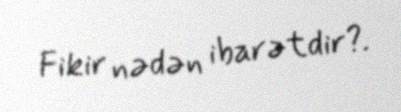
Fikir nədən ibarətdir?.